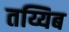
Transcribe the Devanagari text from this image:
तय्यिब